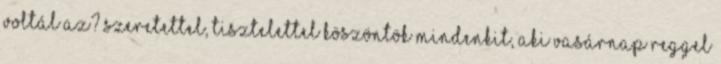
voltál az? Szeretettel, tisztelettel köszöntök mindenkit, aki vasárnap reggel